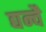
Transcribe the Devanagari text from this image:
द्यन्वै